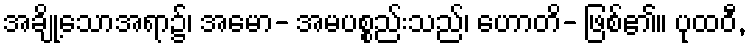
အချို့သောအရာ၌၊ အမော- အမပစ္စည်းသည်၊ ဟောတိ- ဖြစ်၏။ ပုထဝီ,